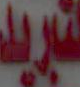
لتبريد